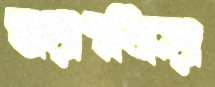
স্বয়ংক্রিয়